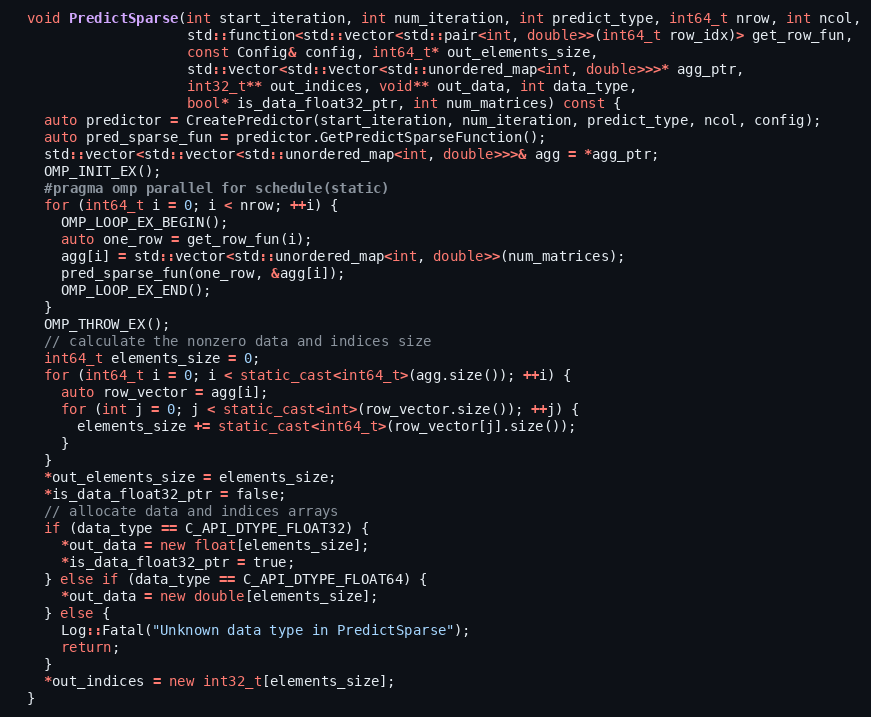
Language: C++
  void PredictSparse(int start_iteration, int num_iteration, int predict_type, int64_t nrow, int ncol,
                     std::function<std::vector<std::pair<int, double>>(int64_t row_idx)> get_row_fun,
                     const Config& config, int64_t* out_elements_size,
                     std::vector<std::vector<std::unordered_map<int, double>>>* agg_ptr,
                     int32_t** out_indices, void** out_data, int data_type,
                     bool* is_data_float32_ptr, int num_matrices) const {
    auto predictor = CreatePredictor(start_iteration, num_iteration, predict_type, ncol, config);
    auto pred_sparse_fun = predictor.GetPredictSparseFunction();
    std::vector<std::vector<std::unordered_map<int, double>>>& agg = *agg_ptr;
    OMP_INIT_EX();
    #pragma omp parallel for schedule(static)
    for (int64_t i = 0; i < nrow; ++i) {
      OMP_LOOP_EX_BEGIN();
      auto one_row = get_row_fun(i);
      agg[i] = std::vector<std::unordered_map<int, double>>(num_matrices);
      pred_sparse_fun(one_row, &agg[i]);
      OMP_LOOP_EX_END();
    }
    OMP_THROW_EX();
    // calculate the nonzero data and indices size
    int64_t elements_size = 0;
    for (int64_t i = 0; i < static_cast<int64_t>(agg.size()); ++i) {
      auto row_vector = agg[i];
      for (int j = 0; j < static_cast<int>(row_vector.size()); ++j) {
        elements_size += static_cast<int64_t>(row_vector[j].size());
      }
    }
    *out_elements_size = elements_size;
    *is_data_float32_ptr = false;
    // allocate data and indices arrays
    if (data_type == C_API_DTYPE_FLOAT32) {
      *out_data = new float[elements_size];
      *is_data_float32_ptr = true;
    } else if (data_type == C_API_DTYPE_FLOAT64) {
      *out_data = new double[elements_size];
    } else {
      Log::Fatal("Unknown data type in PredictSparse");
      return;
    }
    *out_indices = new int32_t[elements_size];
  }